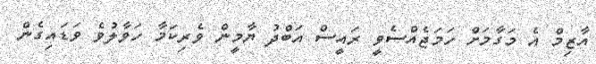
އާޒިމް އެ މަގާމަށް ހަމަޖެއްސެވީ ރައީސް އަބްދު ޔާމީން ވެރިކަމާ ހަވާލުވެ ވަޑައިގެން